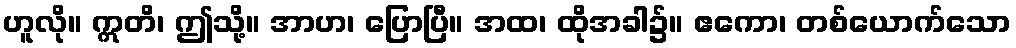
ဟူလို။ ဣတိ၊ ဤသို့။ အာဟ၊ ပြောပြီ။ အထ၊ ထိုအခါ၌။ ဧကော၊ တစ်ယောက်သော